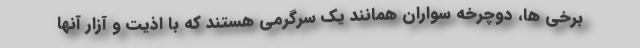
برخی ها، دوچرخه سواران همانند یک سرگرمی هستند که با اذیت و آزار آنها